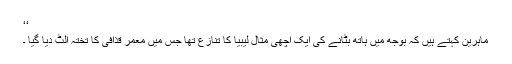
‘‘
ماہرین کہتے ہیں کہ بوجھ میں ہاتھ بٹانے کی ایک اچھی مثال لیبیا کا تنازع تھا جس میں معمر قذافی کا تختہ الٹ دیا گیا ۔